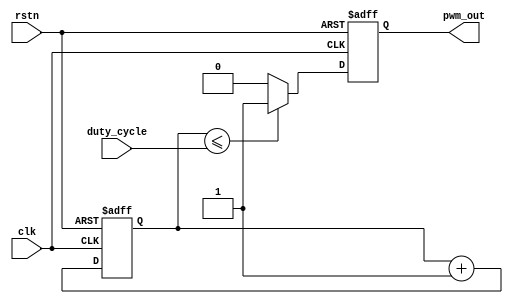
//pwm controller module

/*takes in clock, rstn, duty_cycle from 0 - 255 and outputs pwm_out with the corresponding duty_cycle
ie if duty_cycle = 255 output duty_cycle will be 100%
*/

module pwm_controller(
    //input
    input clk,
    input rstn,
    input [7:0] duty_cycle,
    //outputs
    output reg pwm_out );

reg [7:0] dc_count;
reg [17:0] tick;

always @(posedge clk or negedge rstn) begin // pwm output controller
    if(!rstn) begin
        pwm_out <= 1'b0;
    end
    else begin
        if(dc_count <= duty_cycle) begin
            pwm_out <= 1'b1;
        end
        else begin
            pwm_out <= 1'b0;
        end
    end
end

always @(posedge clk or negedge rstn) begin //counter
    if(!rstn) begin
        dc_count <= 8'b0000_0000;
    end
    else begin
        dc_count <= dc_count + 1'b1;
    end
end

endmodule